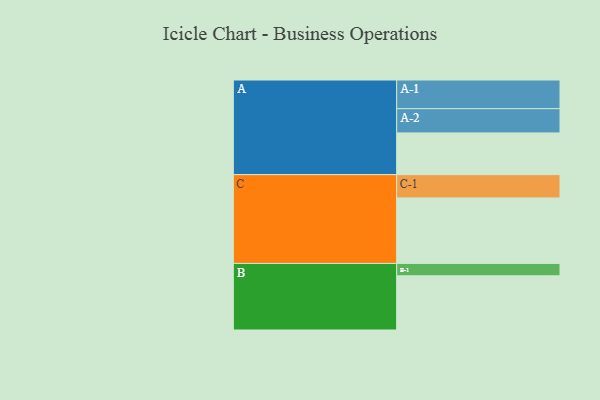
{"axis": {"x": "Segment", "y": "Value"}, "legend": ["", "A", "B", "C"], "data": [{"x": "A", "y": 358, "type": ""}, {"x": "B", "y": 465, "type": ""}, {"x": "C", "y": 562, "type": ""}, {"x": "A-1", "y": 246, "type": "A"}, {"x": "A-2", "y": 208, "type": "A"}, {"x": "B-1", "y": 106, "type": "B"}, {"x": "C-1", "y": 200, "type": "C"}]}